DOW-UAP-D49, Launch Summary, Vandenberg AFB, 2000
Agency: Department of War
Incident date: 2/3/00
Page 108
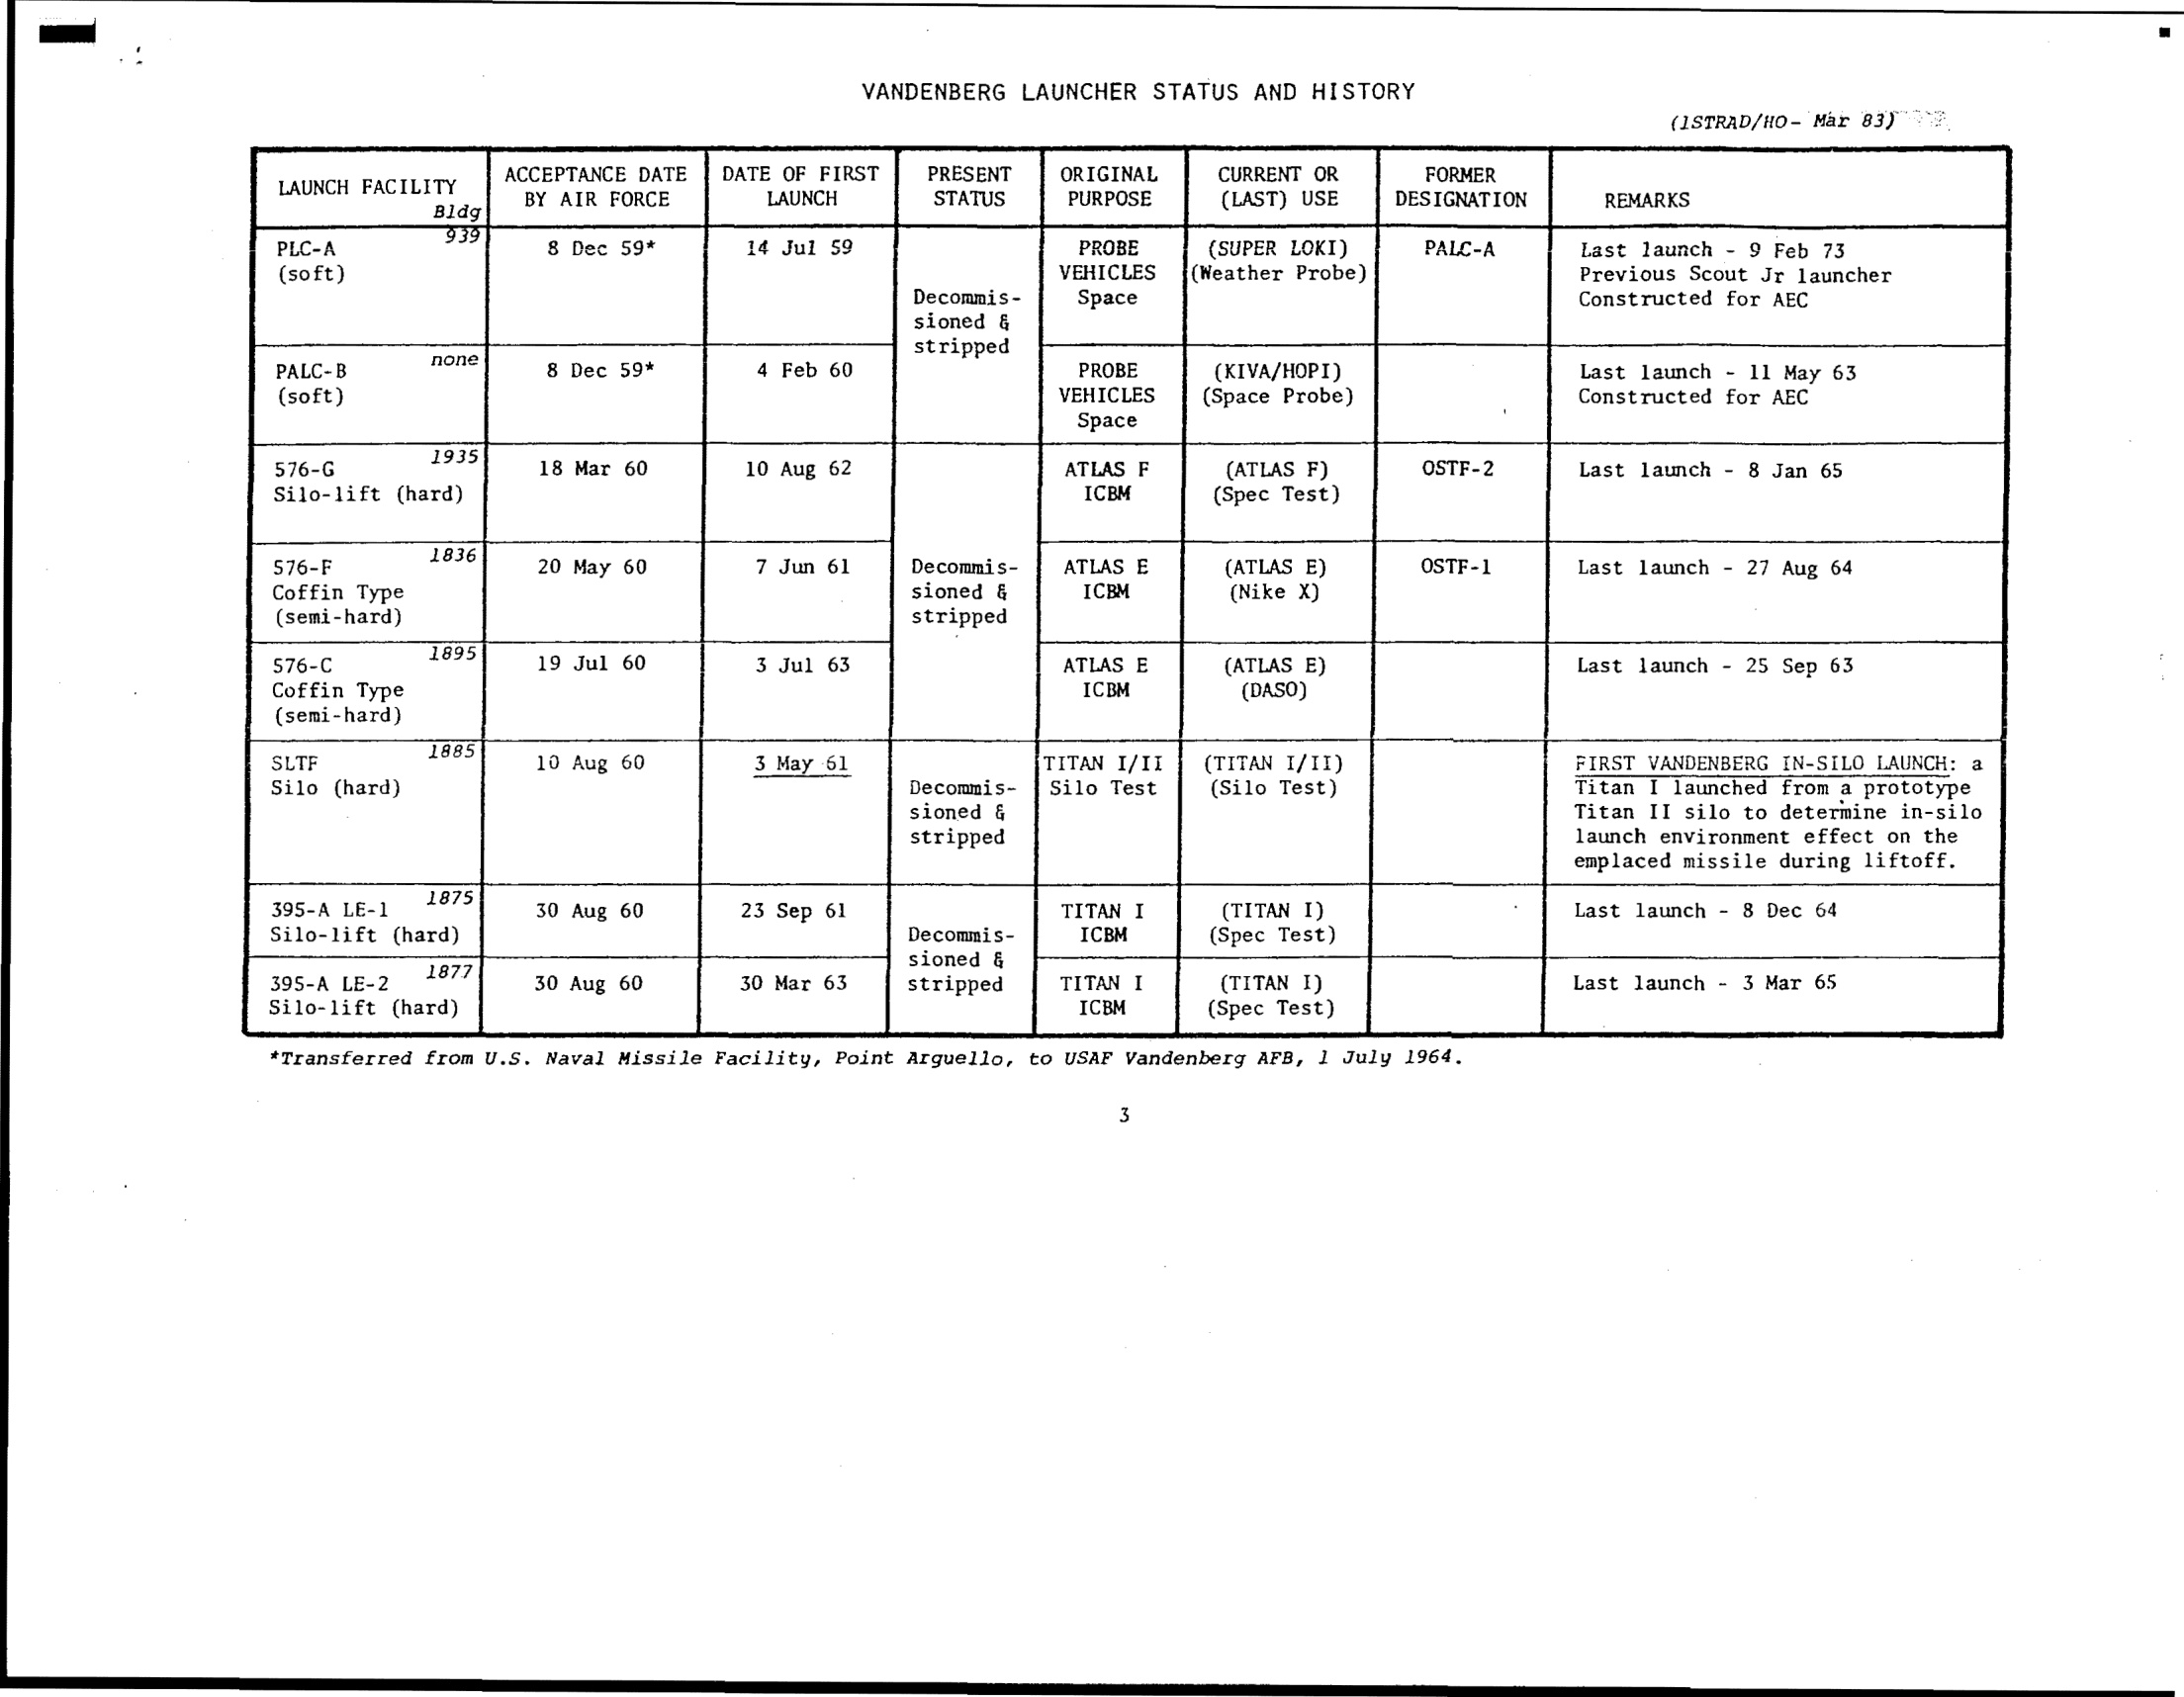